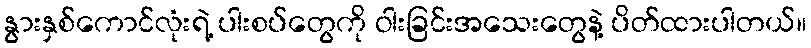
နွားနှစ်ကောင်လုံးရဲ့ ပါးစပ်တွေကို ဝါးခြင်းအသေးတွေနဲ့ ပိတ်ထားပါတယ်။